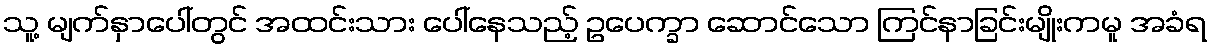
သူ့ မျက်နှာပေါ်တွင် အထင်းသား ပေါ်နေသည့် ဥပေက္ခာ ဆောင်သော ကြင်နာခြင်းမျိုးကမူ အခံရ